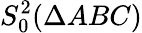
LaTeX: S_{0}^{2}(\Delta ABC)